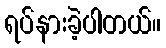
ရပ်နားခဲ့ပါတယ်။